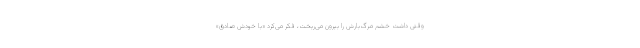
وقتی داشت خشم مرگ‌بارش را بیرون می‌ریخت، فکر می‌کرد «با خودش صادق»